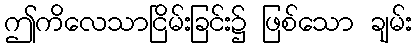
ဤကိလေသာငြိမ်းခြင်း၌ ဖြစ်သော ချမ်း